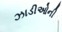
ઝાડીઓની